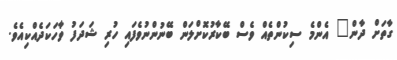
ގާތަށް ދާން" އެންމެ ސިކުންތެއް ވެސް ބޭކާރުކޮށްލަން ބޭނުންނުވެފައި ހުރި ޝަދަފު ވާހަކަދެއްކިއެވެ.